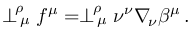
\perp _ { \, \mu } ^ { \! \rho } f ^ { \mu } = \perp _ { \, \mu } ^ { \! \rho } \nu ^ { \nu } \nabla _ { \! \nu } \beta ^ { \mu } \, .